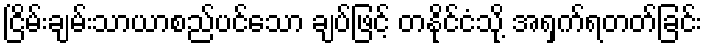
ငြိမ်းချမ်းသာယာစည်ပင်သော ချပ်ဖြင့် တနိုင်ငံသို့ အရှက်ရတတ်ခြင်း